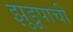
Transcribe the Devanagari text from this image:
झुडूपाची